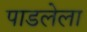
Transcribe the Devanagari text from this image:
पाडलेला